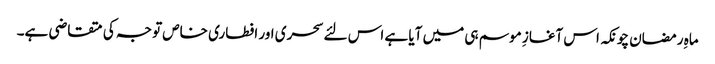
ماہِ رمضان چونکہ اس آغازِ موسم ہی میں آیا ہے اس لئے سحری اور افطاری خاص توجہ کی متقاضی ہے۔